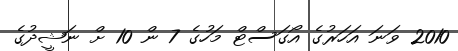
2010 ވަނަ އަހަރުގެ އޯގަސްޓް މަހުގެ 7 ން 10 ށް ނަޝީދުގެ